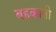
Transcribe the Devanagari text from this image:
बहकाती